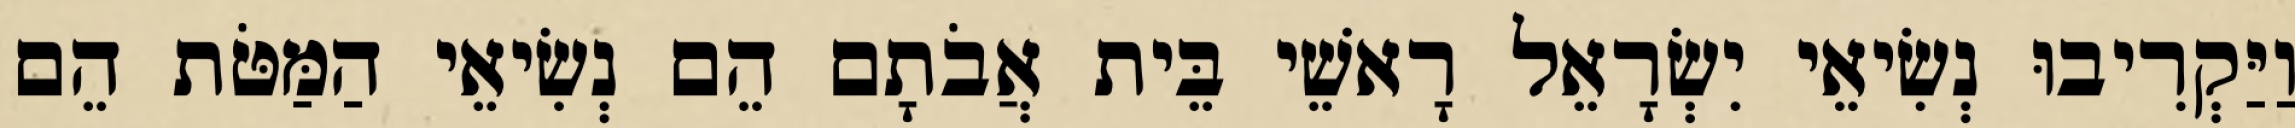
וַיַּקְרִיבוּ נְשִׂיאֵי יִשְׂרָאֵל רָאשֵׁי בֵּית אֲבֹתָם הֵם נְשִׂיאֵי הַמַּטֹּת הֵם